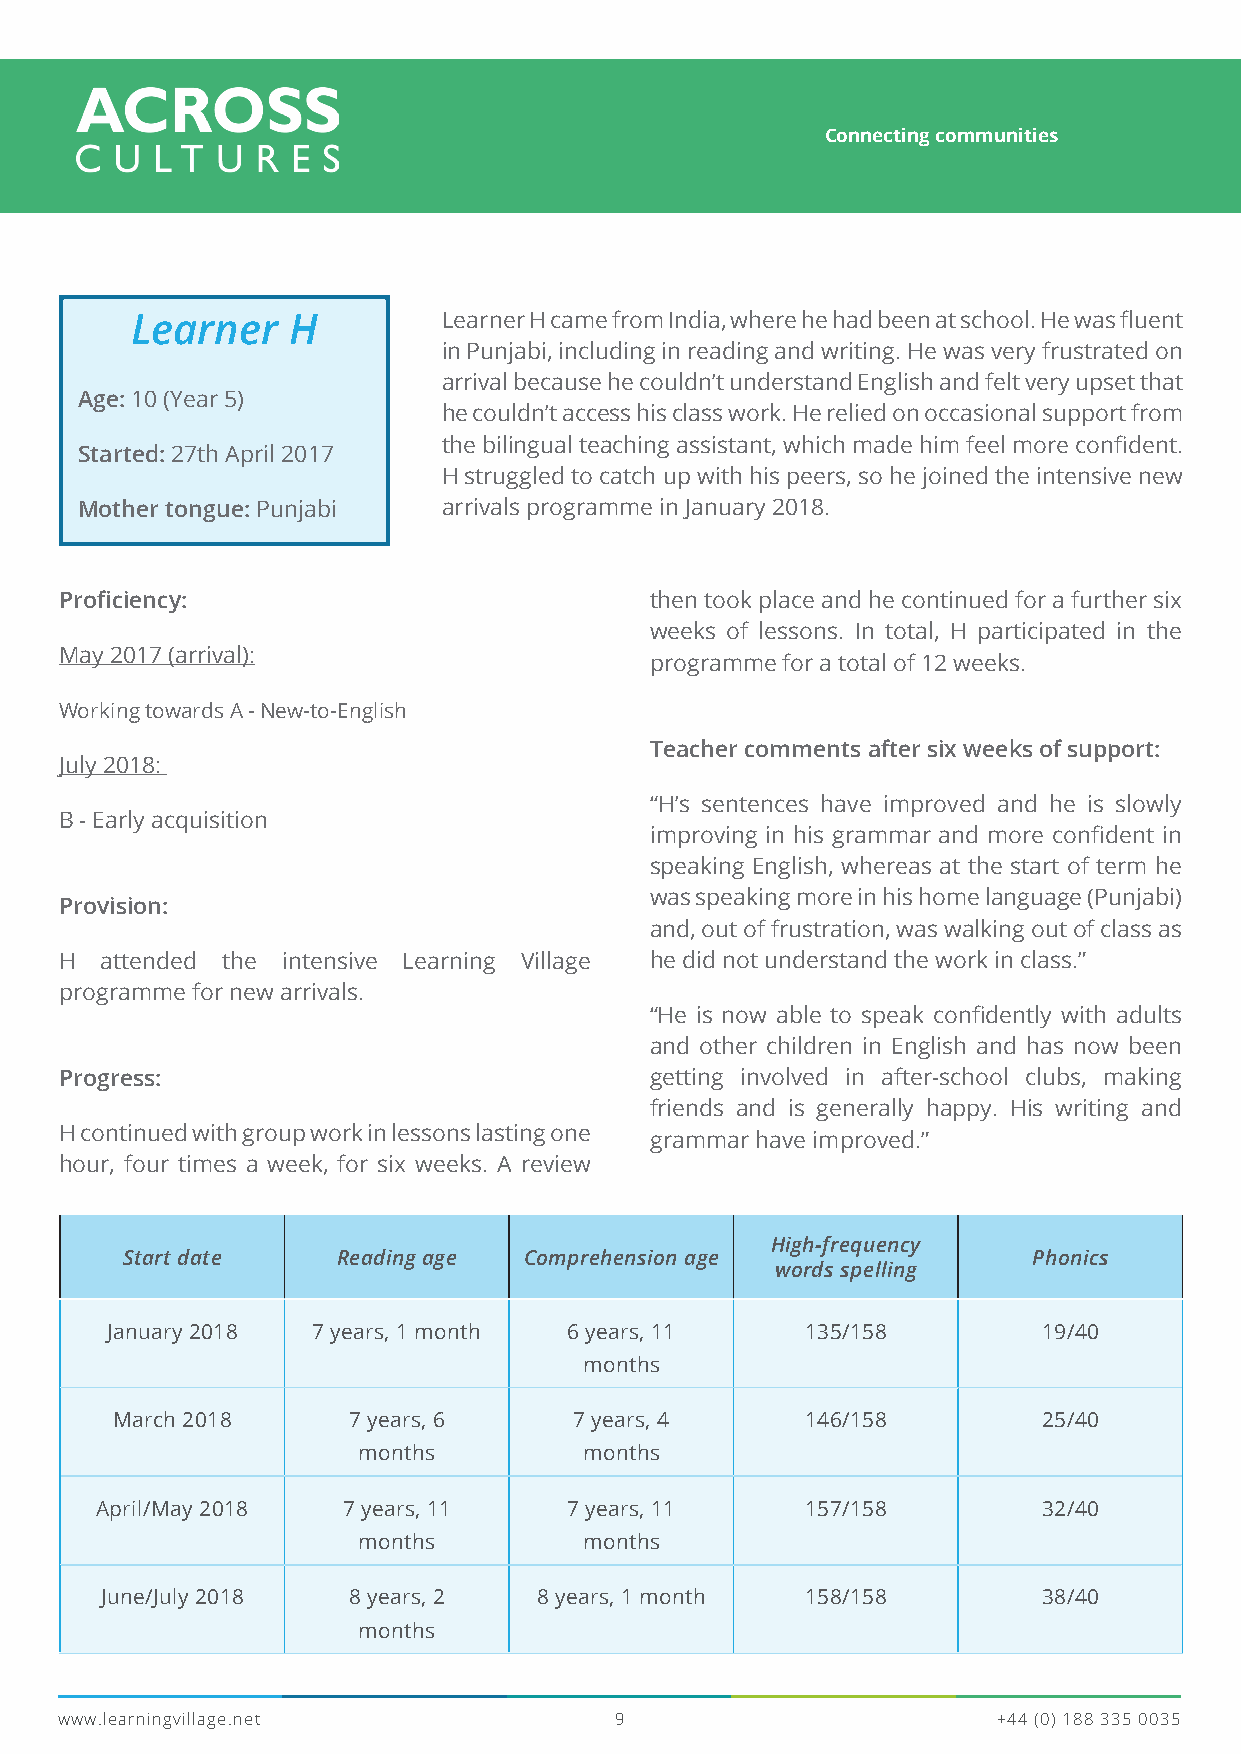
Connecting communities
 Learner   H         Learner H came from India, where he had been at school. He was fluent
 in Punjabi, including in reading and writing. He was very frustrated on
 arrival because he couldn’t understand English and felt very upset that
 Age: 10 (Year 5)
 he couldn’t access his class work. He relied on occasional support from
 the bilingual teaching assistant, which made him feel more confident.
 Started: 27th April 2017
 H struggled to catch up with his peers, so he joined the intensive new
 Mother tongue: Punjabi  arrivals programme in January 2018.
 Proficiency:                           then took place and he continued for a further six
 weeks of lessons. In total, H participated in the
 May 2017 (arrival):
 programme for a total of 12 weeks.
 Working towards A - New-to-English
 Teacher comments after six weeks of support:
 July 2018:
 “H’s sentences have improved and he is slowly
 B - Early acquisition
 improving in his grammar and more confident in
 speaking English, whereas at the start of term he
 was speaking more in his home language (Punjabi)
 Provision:
 and, out of frustration, was walking out of class as
 H  attended the intensive Learning Village he did not understand the work in class.”
 programme for new arrivals.
 “He is now able to speak confidently with adults
 and other children in English and has now been
 Progress:                              getting involved in after-school clubs, making
 friends and is generally happy. His writing and
 H continued with group work in lessons lasting one
 grammar have improved.”
 hour, four times a week, for six weeks. A review
 High-frequency
 Start date    Reading age  Comprehension age                Phonics
 words spelling
 January 2018  7 years, 1 month 6 years, 11    135/158         19/40
 months
 March 2018      7 years, 6     7 years, 4     146/158         25/40
 months         months
 April/May 2018   7 years, 11    7 years, 11    157/158         32/40
 months         months
 June/July 2018  8 years, 2   8 years, 1 month 158/158         38/40
 months
 www.learningvillage.net              9                        +44 (0) 188 335 0035